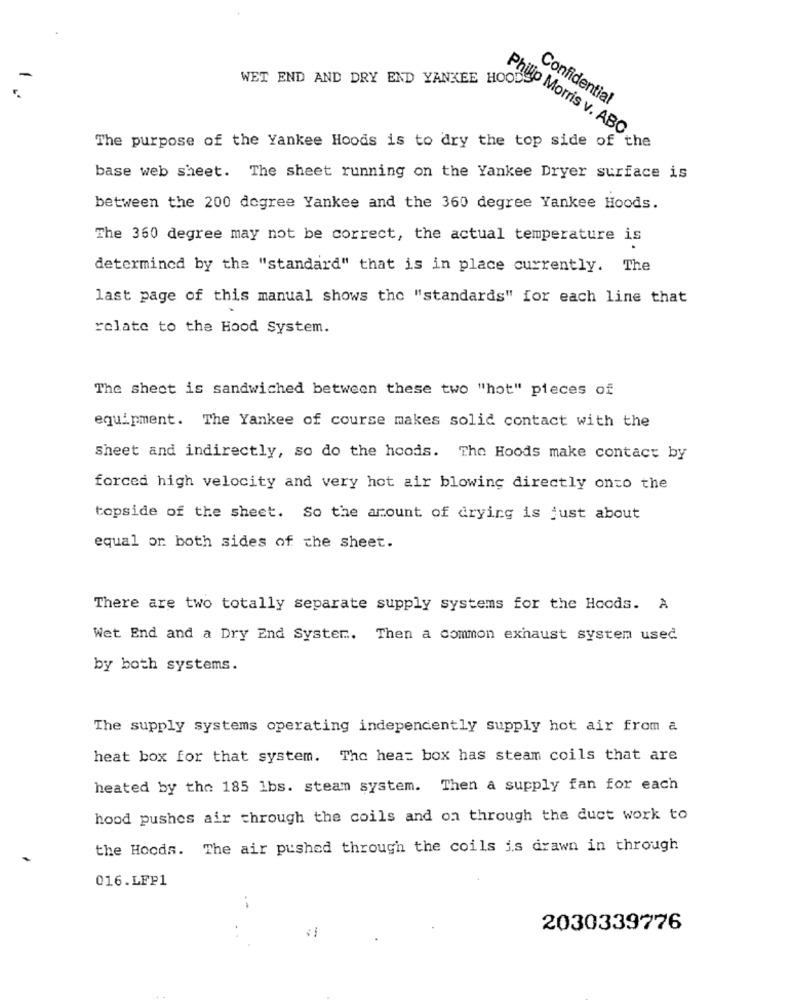
WET END AND DRY END YANKEE HOOD
Confidential
Philip Morris v. ABC
The purpose of the Yankee Hoods is to dry the top side of the
base web sheet. The sheet running on the Yankee Dryer surface is
between the 200 degree Yankee and the 360 degree Yankee Hoods.
The 360 degree may not be correct, the actual temperature is
determined by the "standard" that is in place currently. The
last page of this manual shows the "standards" for each line that
relate to the Hood System.
The sheet is sandwiched between these two "hot" pieces of
equipment. The Yankee of course makes solid contact with the
Sheet and indirectly, so do the hoods. The Hoods make contact by
forced high velocity and very hot air blowing directly onto the
topside of the sheet. So the amount of drying is just about
equal or both sides of the sheet.
There are two totally separate supply systems for the Hoods. A
Wet End and a Dry End Syster .. Then a common exhaust system used
by both systems.
The supply systems operating independently supply hot air from a
heat box for that system. The hea: box has steam coils that are
heated by the 185 1bs. steam system. Then a supply fan for each
hood pushes air through the coils and on through the duct work to
the Hoods. The air pushed through the coils is drawn in through
016.LFP1
--
2030339776
-